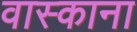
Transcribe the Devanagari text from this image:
वास्काना